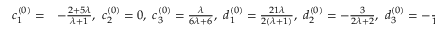
\left. \begin{array} { l l } { c _ { 1 } ^ { ( 0 ) } = } & { - \frac { 2 + 5 \lambda } { \lambda + 1 } , ~ c _ { 2 } ^ { ( 0 ) } = 0 , ~ c _ { 3 } ^ { ( 0 ) } = \frac { \lambda } { 6 \lambda + 6 } , ~ d _ { 1 } ^ { ( 0 ) } = \frac { 2 1 \lambda } { 2 ( \lambda + 1 ) } , ~ d _ { 2 } ^ { ( 0 ) } = - \frac { 3 } { 2 \lambda + 2 } , ~ d _ { 3 } ^ { ( 0 ) } = - \frac { 5 } { 1 2 ( \lambda + 1 ) } , } \end{array} \right\}